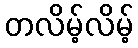
တလိမ့်လိမ့်